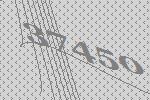
37450